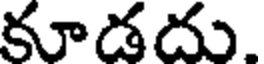
కూడదు.